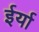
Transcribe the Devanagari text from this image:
ईर्या